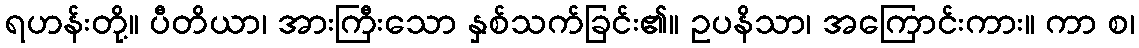
ရဟန်းတို့။ ပီတိယာ၊ အားကြီးသော နှစ်သက်ခြင်း၏။ ဥပနိသာ၊ အကြောင်းကား။ ကာ စ၊